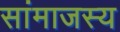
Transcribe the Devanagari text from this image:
सांमाजस्य